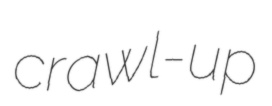
crawl-up